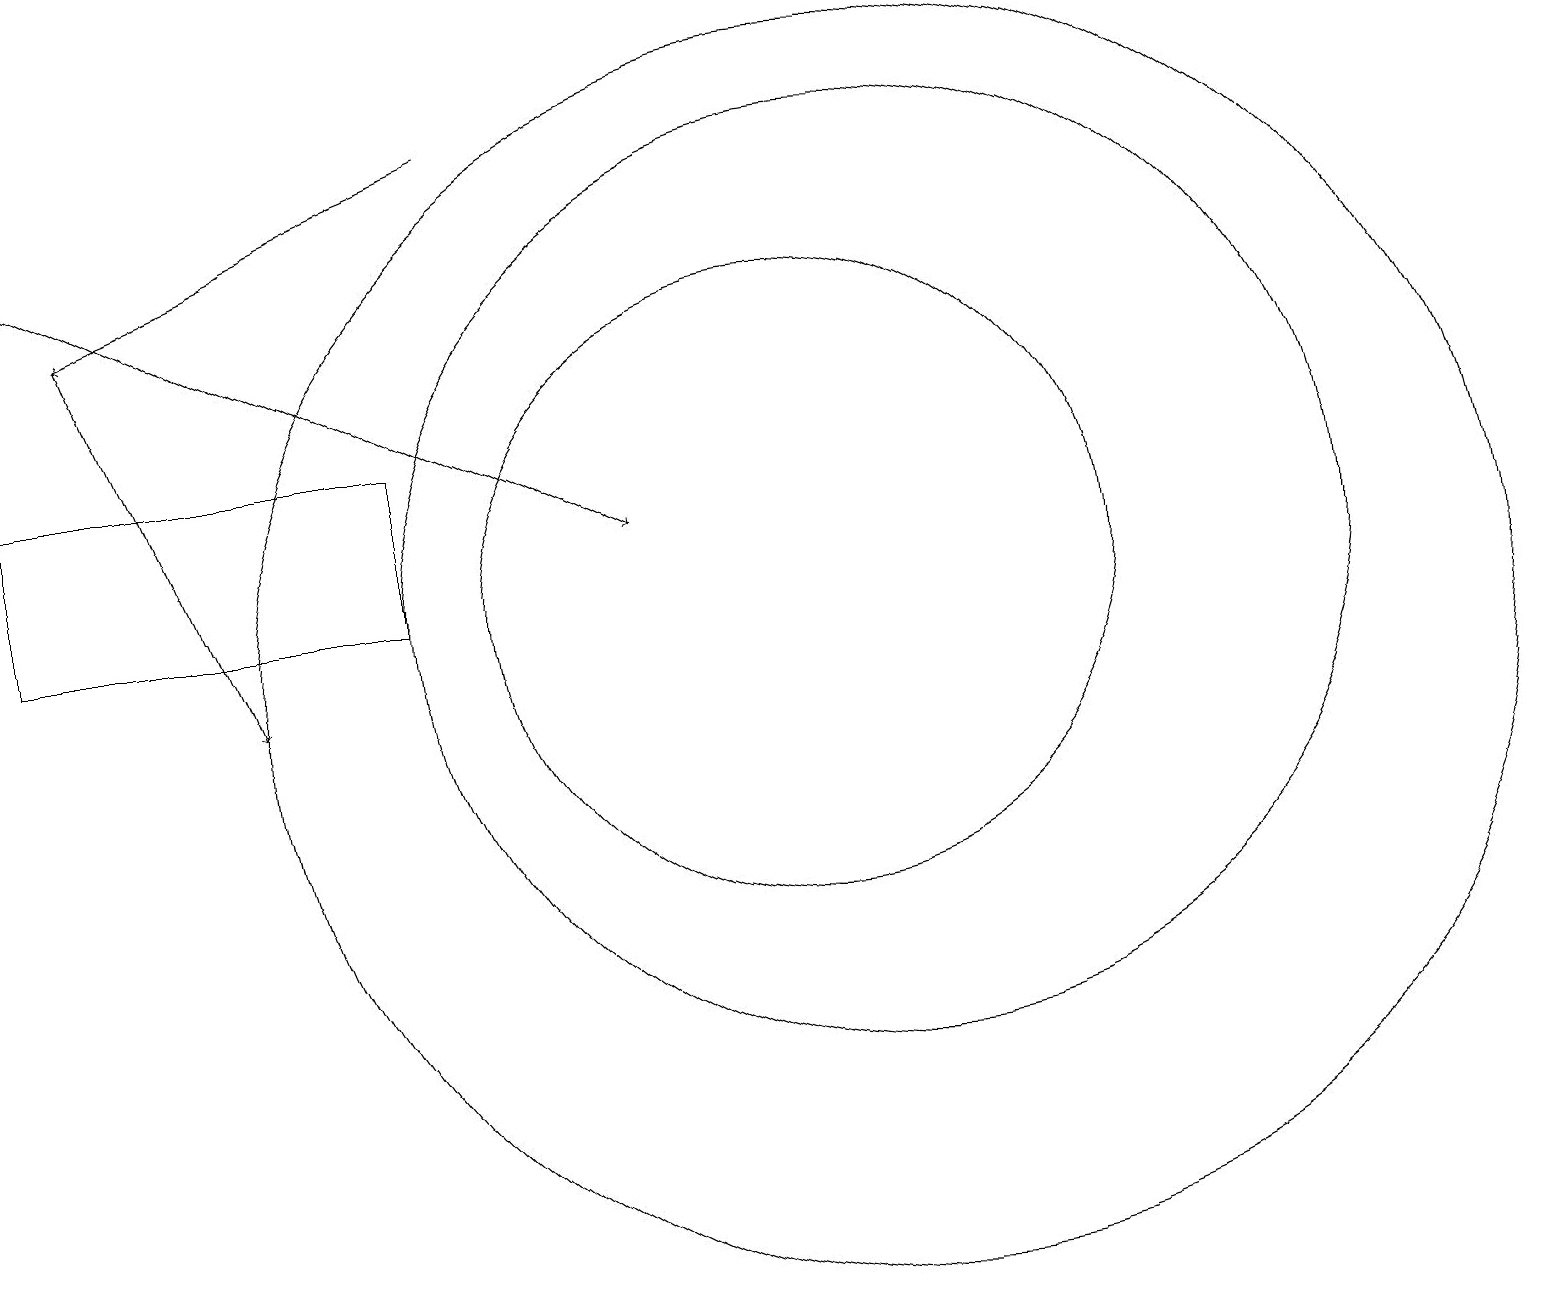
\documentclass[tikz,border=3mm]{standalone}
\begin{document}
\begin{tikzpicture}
\draw (11,11) circle (6);
\draw[->] (1,15) -- (3,10);
\draw (11,10) circle (8);
\draw[->] (0,16) -- (8,12);
\draw[->] (6,17) -- (1,15);
\draw (5,13) rectangle (0,11);
\draw (10,12) circle (0);
\draw (10,11) circle (4);
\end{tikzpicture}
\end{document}